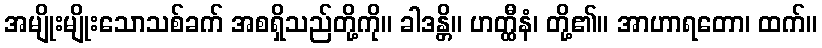
အမျိုးမျိုးသောသစ်ခက် အစရှိသည်တို့ကို။ ခါဒန္တိ။ ဟတ္ထီနံ၊ တို့၏။ အာဟာရတော၊ ထက်။